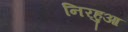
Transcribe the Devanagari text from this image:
निरहुआ